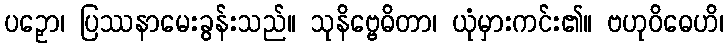
ပဉှော၊ ပြဿနာမေးခွန်းသည်။ သုနိဗ္ဗေဓိတာ၊ ယုံမှားကင်း၏။ ဗဟုဝိဓေဟိ၊